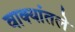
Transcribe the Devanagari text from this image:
वाक्यांतले